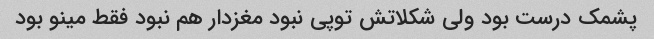
پشمک درست بود ولی شکلاتش توپی نبود مغزدار هم نبود فقط مینو بود